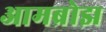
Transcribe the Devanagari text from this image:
आमब्रोझ